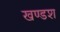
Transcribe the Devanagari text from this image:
खण्डश